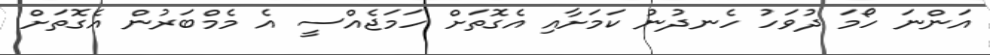
އަންނަ ހޯމަ ދުވަހު ހެނދުނު ކަމަށާއި އެގޮތަށް ހަމަޖެއްސީ އެ މެމްބަރުން އެގޮތަށް